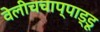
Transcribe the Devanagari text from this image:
वेलीचचाप्पाड्डू